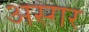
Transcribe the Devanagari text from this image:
अस्गर